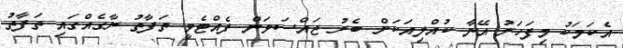
އެކަމަކު މިފަހަރު އޭނާ ކުއްލިއަކަށް ބެރު ޖައްސަަވަން ފެއްޓެވީ ތަފާތު ރާގެއްގައި ތަފާތު